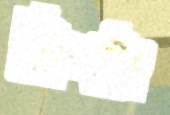
স্লিপটা